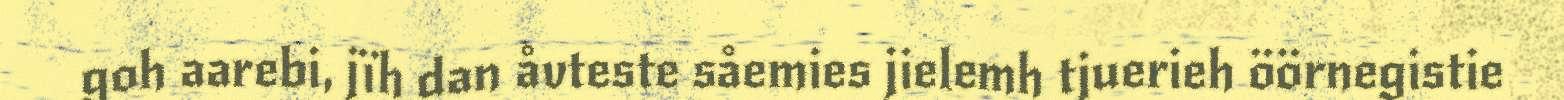
goh aarebi, jïh dan åvteste såemies jielemh tjuerieh öörnegistie